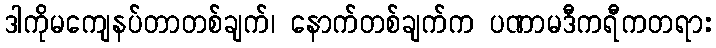
ဒါကိုမကျေနပ်တာတစ်ချက်၊ နောက်တစ်ချက်က ပဏာမဒီကရီကတရား